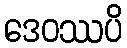
ဒေဝဿပိ